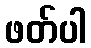
ဖတ်ပါ